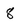
Character: 8